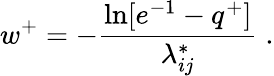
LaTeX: w^{+}=-\frac{\ln[e^{-1}-q^{+}]}{\lambda_{ij}^{*}}\; .